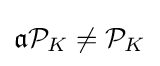
{\mathfrak {a}}{\mathcal {P}}_{K}\neq {\mathcal {P}}_{K}